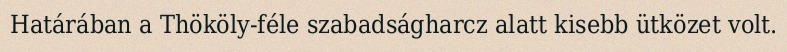
Határában a Thököly-féle szabadságharcz alatt kisebb ütközet volt.